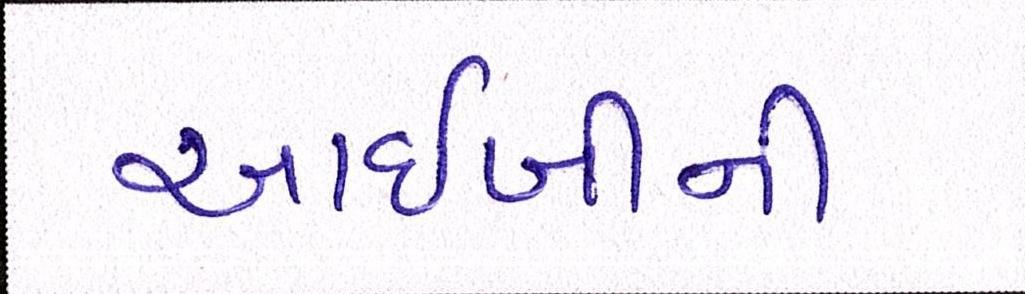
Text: આઈબીની